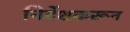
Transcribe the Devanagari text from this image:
निर्देशकरून